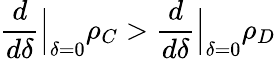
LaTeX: \frac{d}{d\delta}\Big\vert_{\delta=0}\rho_{C}>\frac{d}{d\delta}\Big\vert_{\delta=0}\rho_{D}